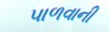
પાળવાની